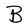
Character: B